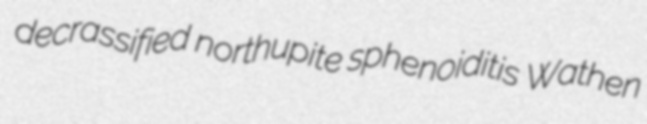
decrassified northupite sphenoiditis Wathen